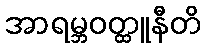
အာရမ္ဘဝတ္ထူနီတိ